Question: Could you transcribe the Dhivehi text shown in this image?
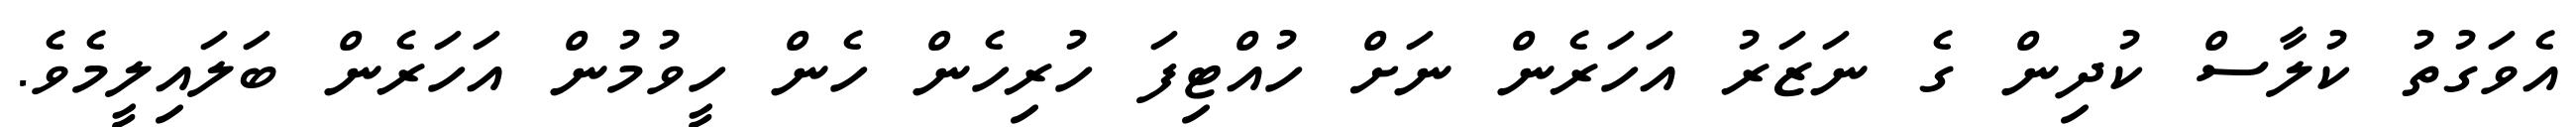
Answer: އެވަގުތު ކުލާސް ކުދިން ގެ ނަޒަރު އަހަރެން ނަށް ހުއްޓިފަ ހުރިހެން ހެން ހީވުމުން އަހަރެން ބަލައިލީމެވެ.